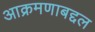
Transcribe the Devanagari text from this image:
आक्रमणाबद्दल